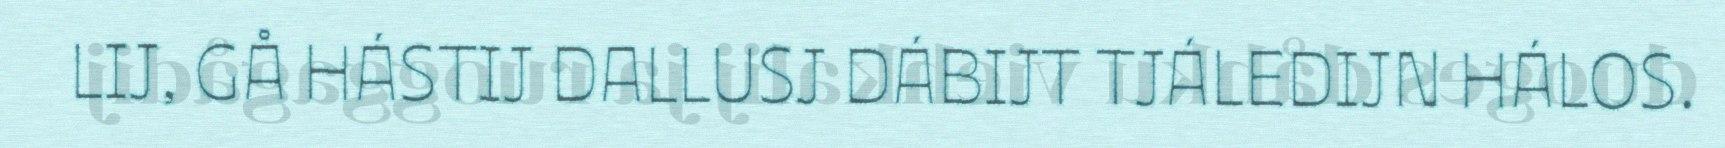
LIJ, GÅ HÁSTIJ DALLUSJ DÁBIJT TJÁLEDIJN HÁLOS.